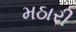
મઠારી